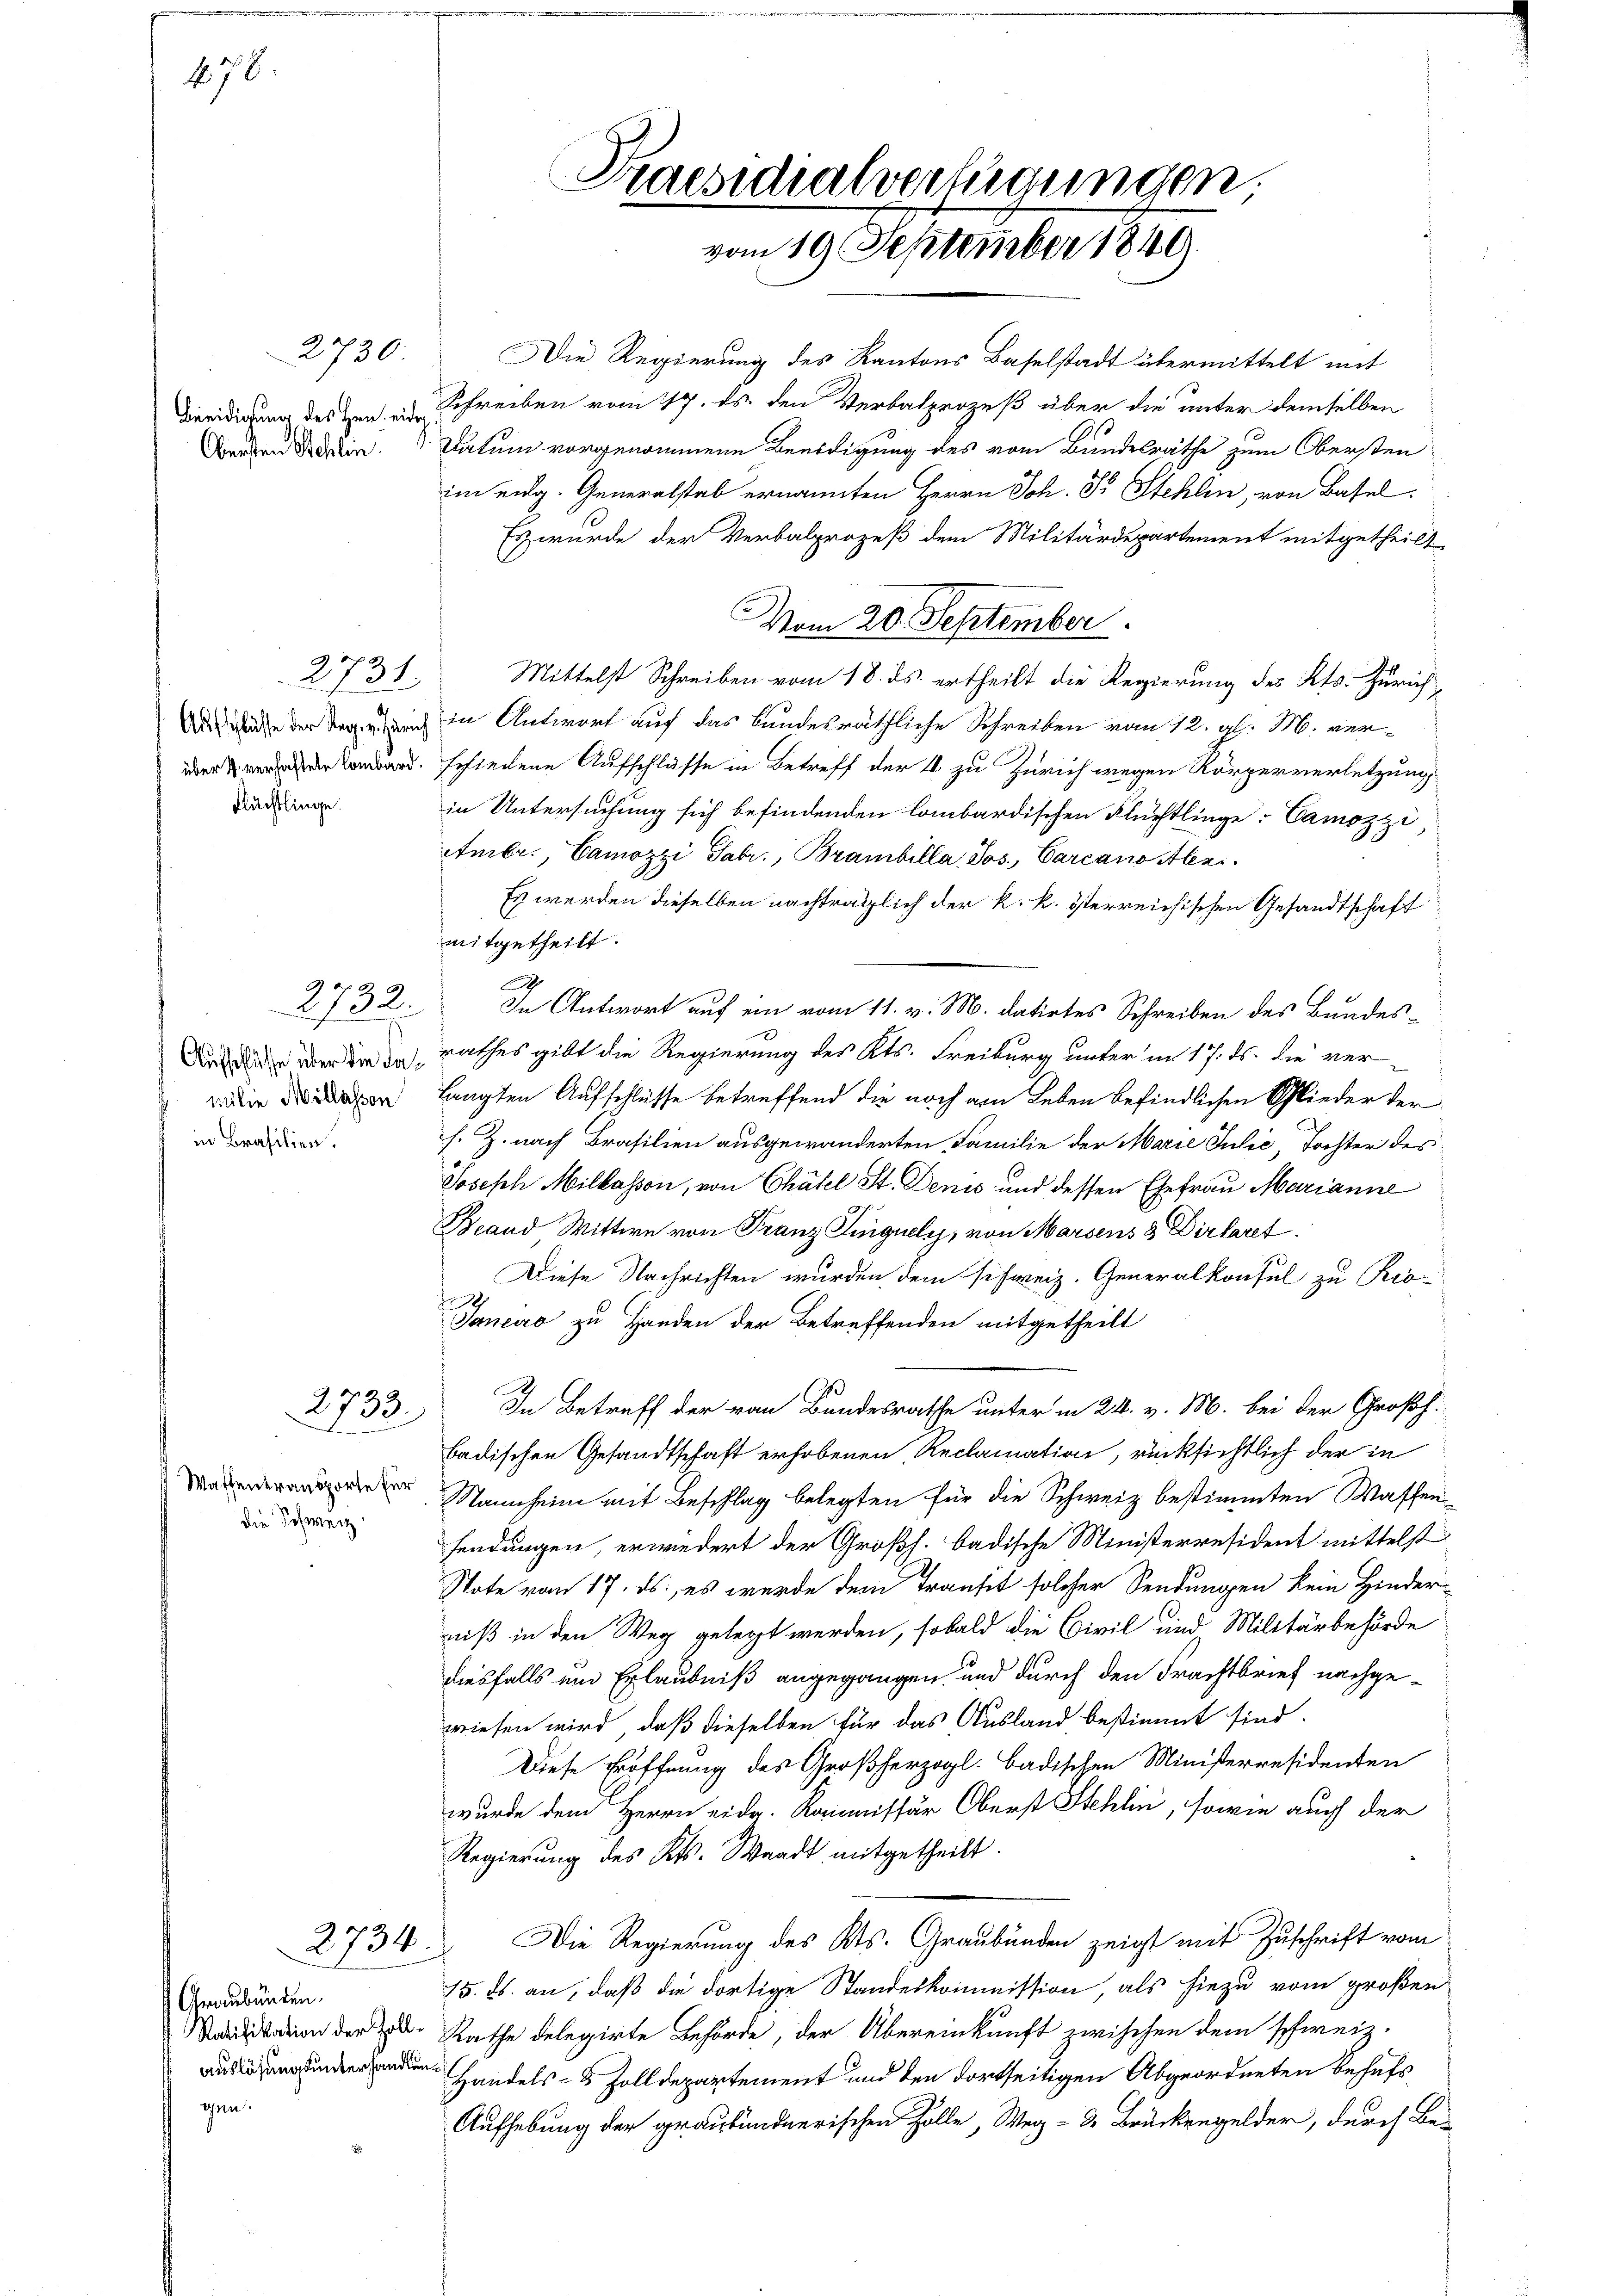
478.

2730.
Obersten Schlin

2731.
Flächtlinge.

2732.
 milie Millassen
in Brasilien.

Waffeneransporte für
die Schweiz.

2733.

2734

Graubünden.
gen:

Die Regierung des Kantons Baselstadt übermittelt mit
beeidigung des Ven.  Schreiben vom 17. ds. den Verbalprozeß über die unter demselben
Datum vorgenommene Beerdigung des vom Bundesräthe zum Obersten
im eidg. Generalstab ernannten Herrn Joh. Dr Stehlen, von Basel
Es wurde der Verbalprozeß dem Militärdepartement mitgetheilt
Vom 20. September
Mittelst Schreiben vom 18. ds. ertheilt die Regierung des Kts. Zürich
e in Antwort auf das bundesräthliche Schreiben vom 12. gl. M. ver¬
 schiedene Aufschlüsse in Betreff der 4 zu Zürich wegen Körperverletzung
in Untersuchung sich befindenden lombardischen Flüchtlinge: Camozzi
Ambr., Camozzi Fabr., Branbilla Jos. Carcano Alezi¬
Es werden dieselben nachträglich der k. k. österreichischen Gesandtschaft
mitgetheilt.
A
In Antwort auf ein vom 11. v. M. datirtes Schreiben des Bundesdurch der die in rathes gibt die Regierung des Kts. Freiburg unter im 17. ds. die verlangten Aufschlüsse betreffend die noch am Leben befindlichen Schlieder der
s. Z. nach Brasilien ausgewanderten Familie der Marie Julić, Tochter des
Joseph Milkasson, von Chatel St. Denis und dessen Ehefrau Marianne
Brand Wittwe von Franz Singuely, von Marsens 8 Dirlaret
Diese Nachrichten wurden dem schweiz. Generalkonsul zu Rio-
e
Janeiro zu Handen der Betreffenden mitgetheilt
In Betreff der von Bundesrathe unter in 24. v. M. bei der Großh.
badischen Gesandtschaft erhobenen Reclamation, rücksichtlich der in
Mannheim mit Beschlag belegten für die Schweiz bestimmten Waffen-
fendungen, erwiedert der Großh. badische Ministerresident mittelst
Note vom 17. ds., es wurde dem Transit solcher Sendungen kein Hinderniß in den Weg gelegt werden, sobald die Civil und Militärbehörde
diesfalls und Erlaubniß angegangen und durch den Frachtbrief nachgewiesen wird, daß dieselben für das Ausland bestimmt sind.
Diese Eröffnung des Großherzogl. badischen Ministerresidenten
wurde dem Herrn eidg. Kommissär Oberst Stehlin, sowie auch der
Regierung des Kts. Waadt mitgetheilt.
Die Regierung des Kts. Graubünden zeigt mit Zuschrift vom
15. ds. an, daß die dortige Standeskommission, als hiezu vom großen
aion der u. Rathe delegirte Behörde, der Übereinkunft zwischen dem schweiz.
 Handels Zolldepartement und den dortseitigen Abgeordneten behufs¬
Aufhebung der graubündnerischen Zolle, Weg- u Brückengelder, durch Be-

Praesidialverfügungen.
vom 19. September 1849.